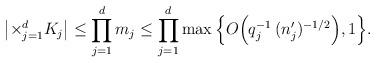
LaTeX: \begin{align*}\left|\times _{j=1}^{d}K_j\right|\le \prod_{j=1}^{d} m_j\le\prod_{j=1}^{d} \max\Big\{O\Big(q_j^{-1}\,(n'_j)^{-1/2}\Big),1\Big\}.\end{align*}